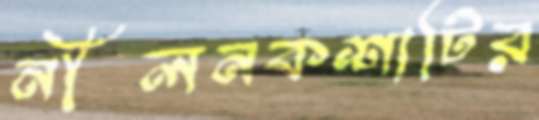
নীলনকশাটির